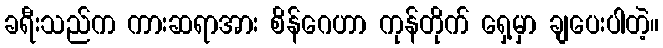
ခရီးသည်က ကားဆရာအား စိန်ဂေဟာ ကုန်တိုက် ရှေ့မှာ ချပေးပါတဲ့။